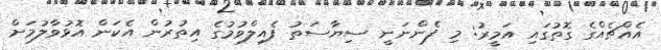
އެއްޗެއްގެ ގޮތުގައި އަމީރު: މި ފެންނަނީ ސިޔާސަތު ފެއިލްވުމުގެ އިތުރުން އެކަން އޮޅުވާލުމަށް